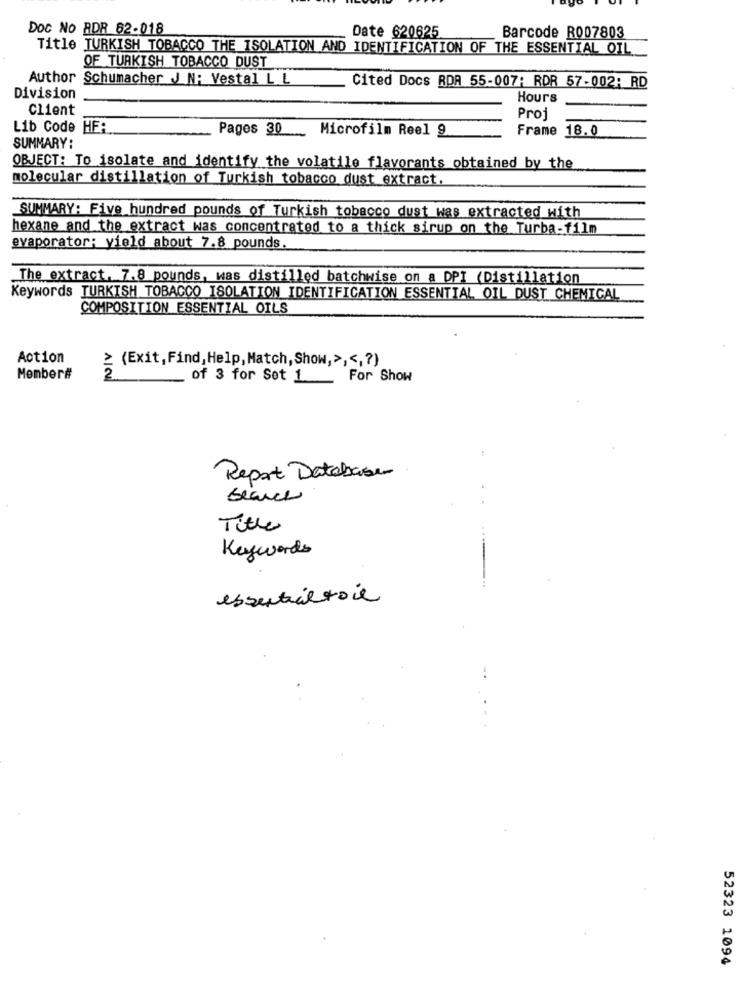
DOC NO ADR 62-018
Date 620625
Barcode R007803
Title TURKISH TOBACCO THE ISOLATION AND IDENTIFICATION OF THE ESSENTIAL OIL
OF TURKISH TOBACCO DUST
Author Schumacher J N: Vestal L L
Cited Docs RDA 55-007: RDR 57-002: RD
Division
Hours
Client
Proi
Lib Code HER.
Pages 30
Microfilm Reel 9
Frame 18.0
SUMMARY:
OBJECT: To isolate and identify the volatile flavorants obtained by the
molecular distillation of Turkish tobacco dust_extract.
SUMMARY: Five hundred pounds of Turkish tobacco dust was extracted with
hexane and the extract was concentrated to a thick sirup on the Turba-film
evaporator: yield about 7.8 pounds.
The extract. 7.8 pounds, was distilled batchwise on a DPI (Distillation
Keywords TURKISH TOBACCO ISOLATION IDENTIFICATION ESSENTIAL OIL DUST CHEMICAL
COMPOSITION ESSENTIAL OILS
Action
≥ (Exit, Find, Help, Match, Show,> ,<,? )
Member#
2
of 3 for Set 1_ __ For Show
Report Database
Search
Title
Keywords
essentialtoil
52323 1094